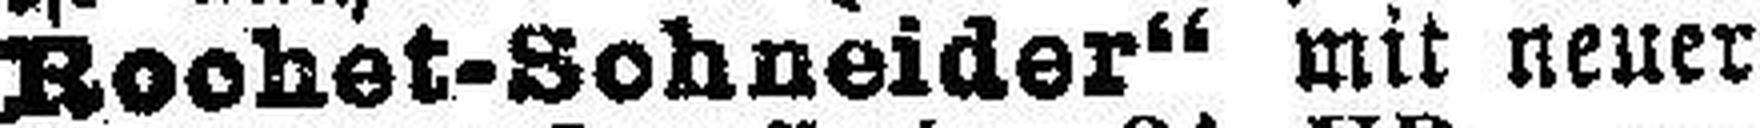
Rochet-Schneider“ mit neuer